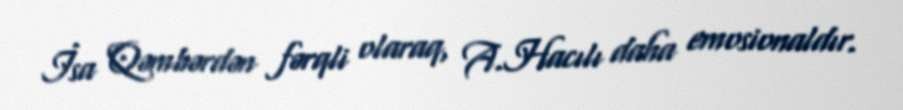
İsa Qəmbərdən fərqli olaraq, A.Hacılı daha emosionaldır.